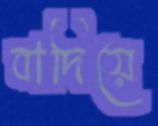
বাদিয়ে